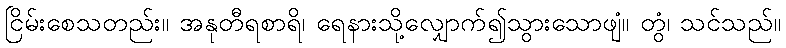
ငြိမ်းစေသတည်း။ အနုတီရစာရိ၊ ရေနားသို့လျှောက်၍သွားသောဖျံ။ တွံ၊ သင်သည်။